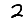
Digit: 2